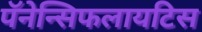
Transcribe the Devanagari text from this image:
पॅनेन्सिफलायटिस